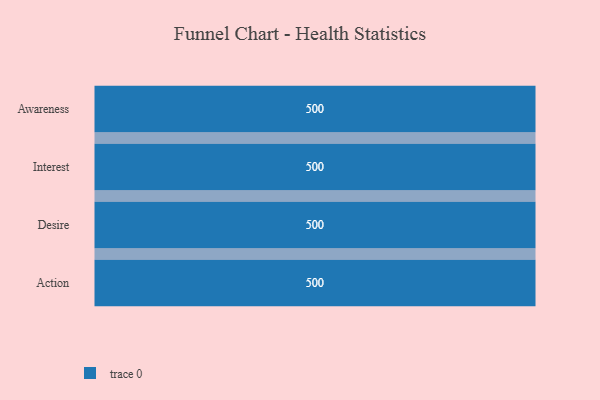
{"axis": {"x": "Stage", "y": "Value"}, "legend": [""], "data": [{"x": "Awareness", "y": 500, "type": ""}, {"x": "Interest", "y": 500, "type": ""}, {"x": "Desire", "y": 500, "type": ""}, {"x": "Action", "y": 500, "type": ""}]}